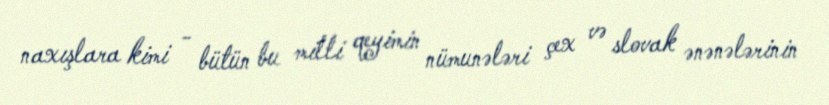
naxışlara kimi - bütün bu milli qeyimin nümunələri çex və slovak ənənələrinin